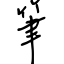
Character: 筆